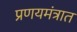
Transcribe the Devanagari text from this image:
प्रणयमंत्रात